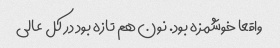
واقعا خوشمزه بود. نون هم تازه بود در کل عالی